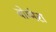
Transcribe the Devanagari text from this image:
बोम्मेरा